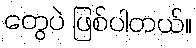
တွေပဲ ဖြစ်ပါတယ်။